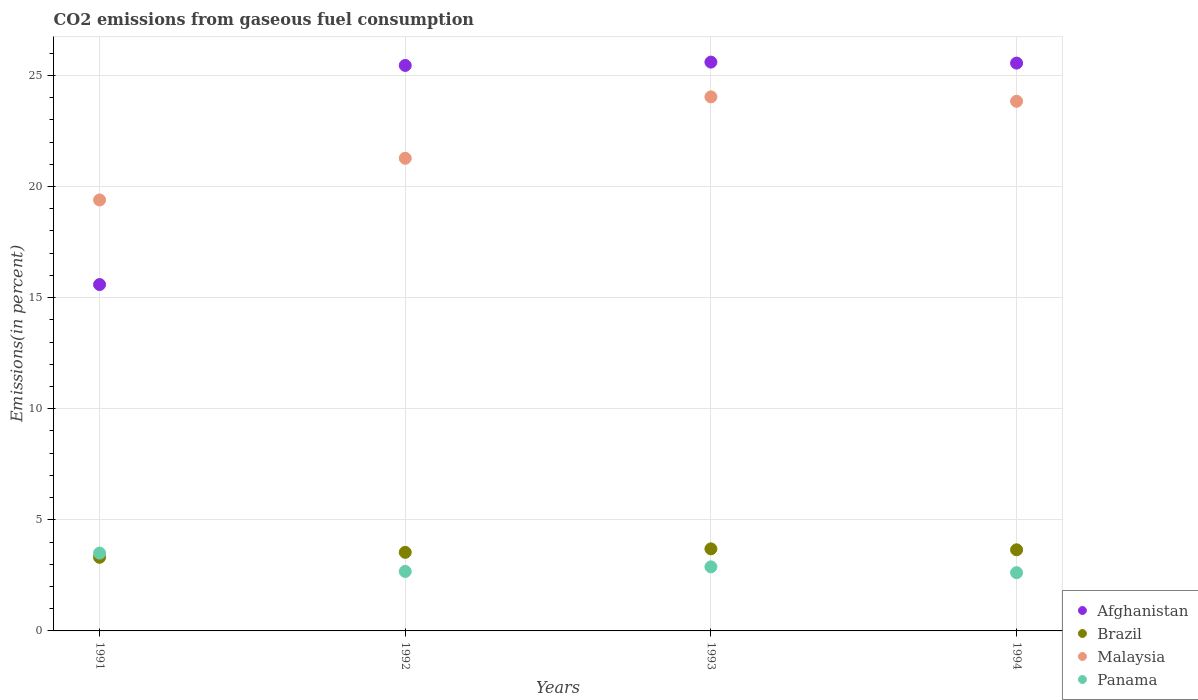
| Years | Afghanistan | Brazil | Malaysia | Panama |
 | --- | --- | --- | --- | --- |
 | 1991 | 15.6 | 3.31 | 19.4 | 3.5 |
 | 1992 | 25.4 | 3.54 | 21.3 | 2.68 |
 | 1993 | 25.6 | 3.69 | 24 | 2.88 |
 | 1994 | 25.6 | 3.65 | 23.8 | 2.62 |